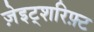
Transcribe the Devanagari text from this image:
ज़ेइट्शरिफ़्ट